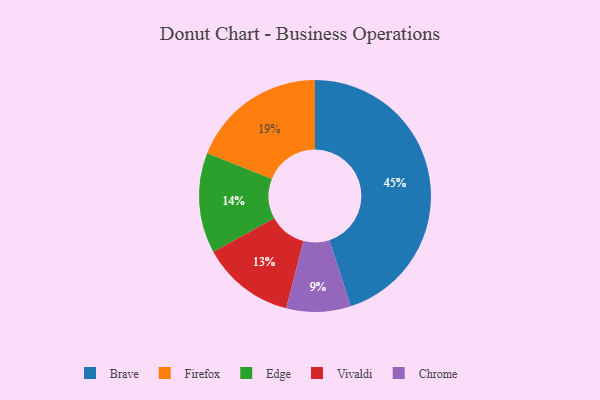
{"axis": {"x": "Category", "y": "Percentage"}, "legend": ["Brave", "Chrome", "Edge", "Firefox", "Vivaldi"], "data": [{"x": "Firefox", "y": 19, "type": "Firefox"}, {"x": "Chrome", "y": 9, "type": "Chrome"}, {"x": "Brave", "y": 45, "type": "Brave"}, {"x": "Edge", "y": 14, "type": "Edge"}, {"x": "Vivaldi", "y": 13, "type": "Vivaldi"}]}